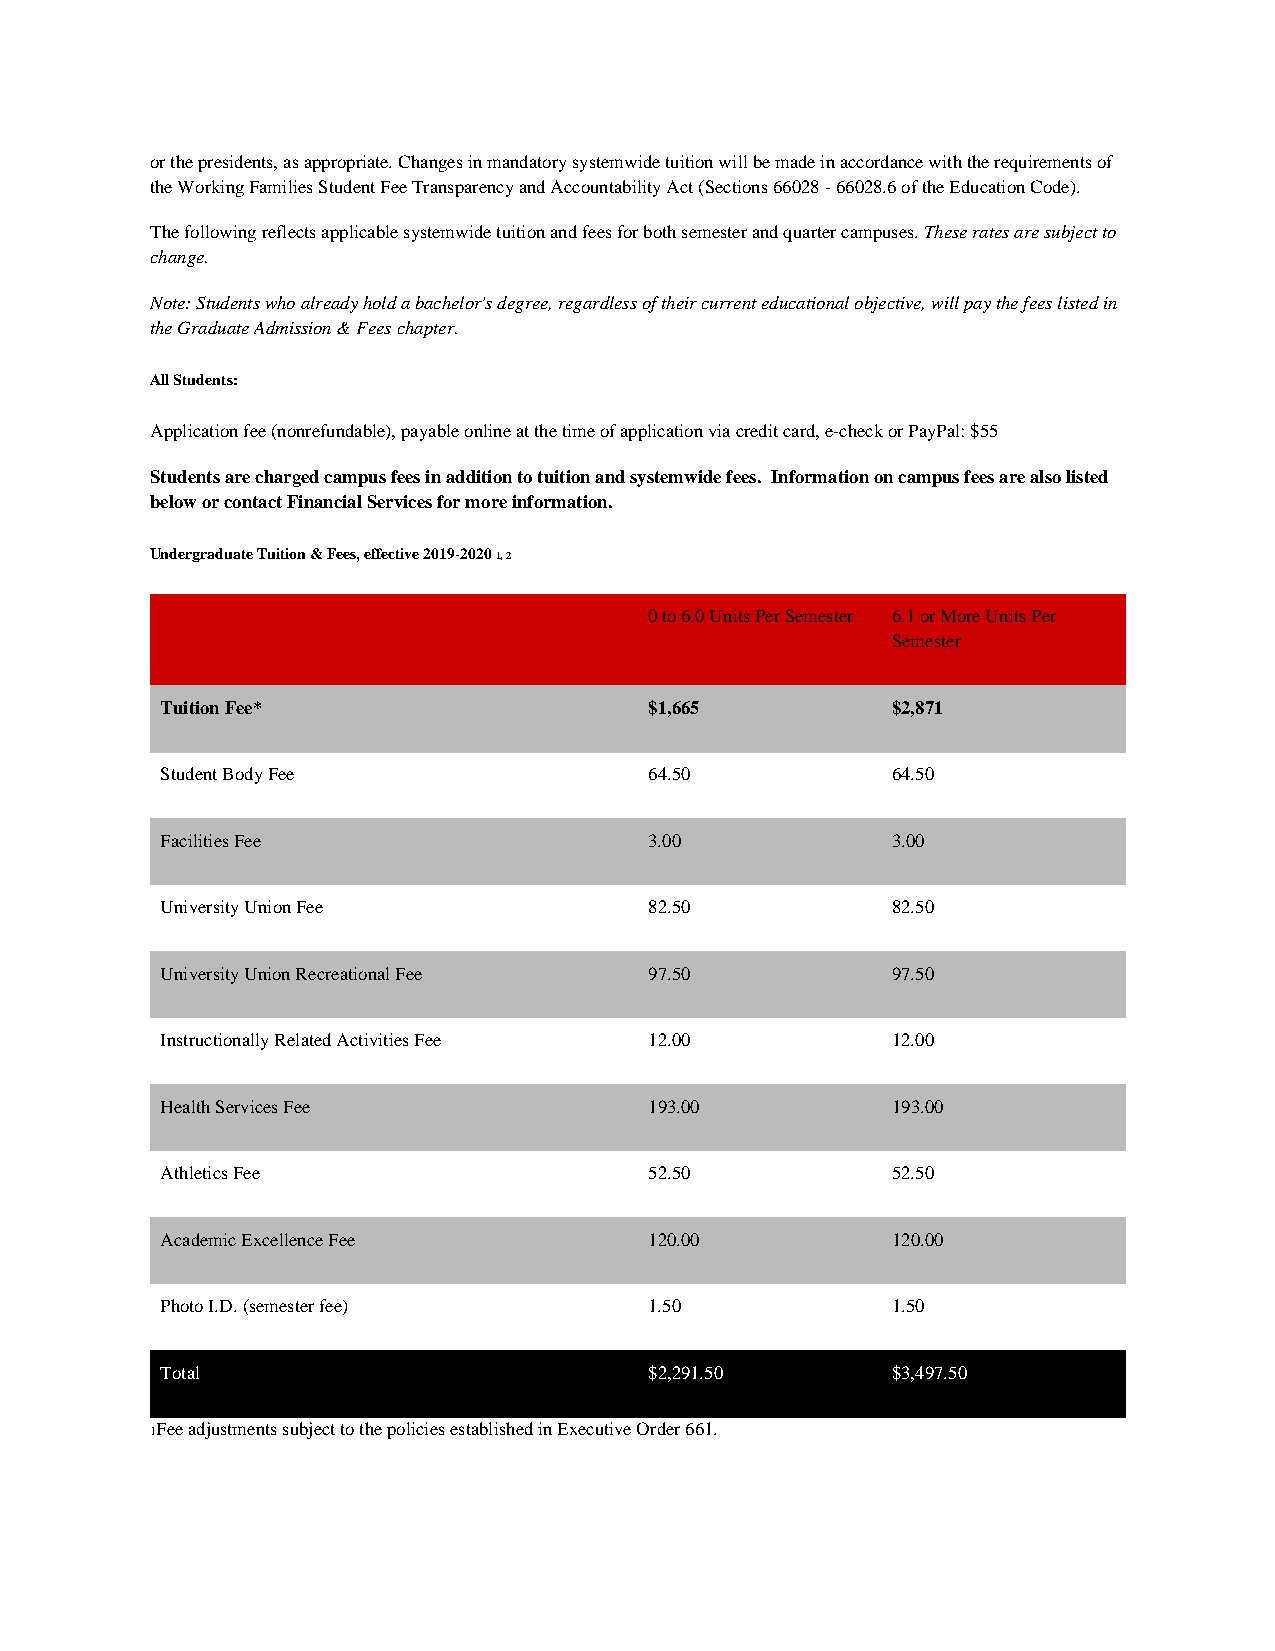
or the presidents, as appropriate. Changes in mandatory systemwide tuition will be made in accordance with the requirements of
 the Working Families Student Fee Transparency and Accountability Act (Sections 66028 - 66028.6 of the Education Code).
 The following reflects applicable systemwide tuition and fees for both semester and quarter campuses. These rates are subject to
 change.
 Note: Students who already hold a bachelor's degree, regardless of their current educational objective, will pay the fees listed in
 the Graduate Admission & Fees chapter.
 All Students:
 Application fee (nonrefundable), payable online at the time of application via credit card, e-check or PayPal: $55
 Students are charged campus fees in addition to tuition and systemwide fees. Information on campus fees are also listed
 below or contact Financial Services for more information.
 Undergraduate Tuition & Fees, effective 2019-2020 1, 2
 0 to 6.0 Units Per Semester 6.1 or More Units Per
 Semester
 Tuition Fee*                    $1,665          $2,871
 Student Body Fee                64.50           64.50
 Facilities Fee                  3.00            3.00
 University Union Fee            82.50           82.50
 University Union Recreational Fee 97.50         97.50
 Instructionally Related Activities Fee 12.00    12.00
 Health Services Fee             193.00          193.00
 Athletics Fee                   52.50           52.50
 Academic Excellence Fee         120.00          120.00
 Photo I.D. (semester fee)       1.50            1.50
 Total                           $2,291.50       $3,497.50
 1Fee adjustments subject to the policies established in Executive Order 661.